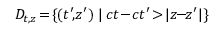
D \! _ { t , z } \! = \! \{ ( t ^ { \prime } \! , \! z ^ { \prime } ) \: | \: c t \! - \! c t ^ { \prime } \! > \! | z \! \! - \! \! z ^ { \prime } | \}